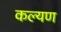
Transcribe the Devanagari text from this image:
कल्यण